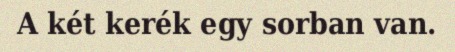
A két kerék egy sorban van.